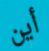
أين